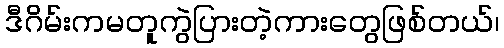
ဒီဂိမ်းကမတူကွဲပြားတဲ့ကားတွေဖြစ်တယ်၊